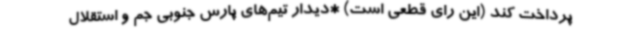
پرداخت کند (این رای قطعی است) *دیدار تیم‌های پارس جنوبی جم و استقلال